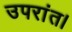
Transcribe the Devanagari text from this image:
उपरांत।